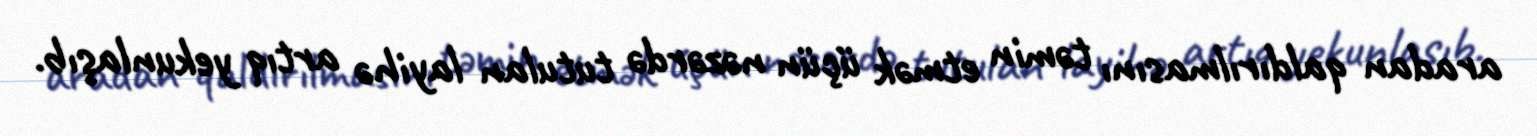
aradan qaldırılmasını təmin etmək üçün nəzərdə tutulan layihə artıq yekunlaşıb.